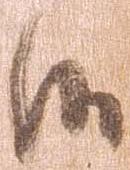
候